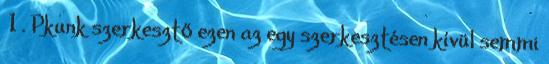
1 . Pkunk szerkesztő ezen az egy szerkesztésen kívül semmi